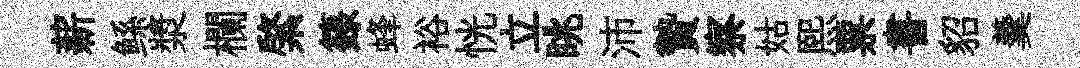
薪鲧漿欄綮籙蜂裕恍立眺沛贄察姑熙票書貂羹